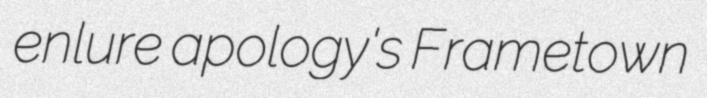
enlure apology's Frametown